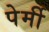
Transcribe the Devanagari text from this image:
पेर्मी